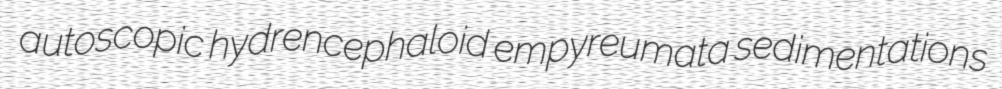
autoscopic hydrencephaloid empyreumata sedimentations